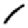
Digit: 1